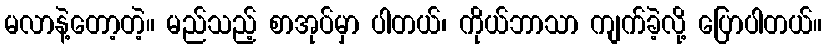
မလာနဲ့တော့တဲ့။ မည်သည့် စာအုပ်မှာ ပါတယ်၊ ကိုယ်ဘာသာ ကျက်ခဲ့လို့ ပြောပါတယ်။